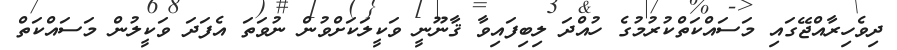
ދިވެހިރާއްޖޭގައި މަސައްކަތްކުރުމުގެ ހުއްދަ ލިބިފައިވާ ޤާނޫނީ ވަކީލަކަށްވުން ނުވަތަ އެފަދަ ވަކީލުން މަސައްކަތް